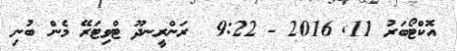
އޮކްޓޯބަރު 11